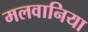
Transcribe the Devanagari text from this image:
मलवानिया